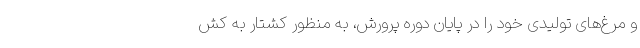
و مرغ‌های تولیدی خود را در پایان دوره پرورش، به منظور کشتار به کش